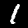
Digit: 1